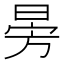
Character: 𣃸